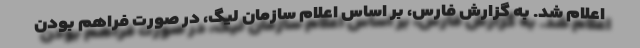
اعلام شد. به گزارش فارس، بر اساس اعلام سازمان لیگ، در صورت فراهم بودن